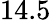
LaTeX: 14.5